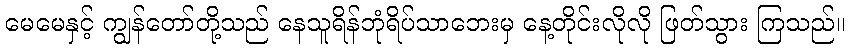
မေမေနှင့် ကျွန်တော်တို့သည် နေသူရိန်ဘုံရိပ်သာဘေးမှ နေ့တိုင်းလိုလို ဖြတ်သွား ကြသည်။